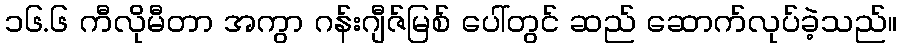
၁၆.၆ ကီလိုမီတာ အကွာ ဂန်းဂျီဇ်မြစ် ပေါ်တွင် ဆည် ဆောက်လုပ်ခဲ့သည်။